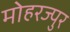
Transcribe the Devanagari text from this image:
मोहरज्पुर